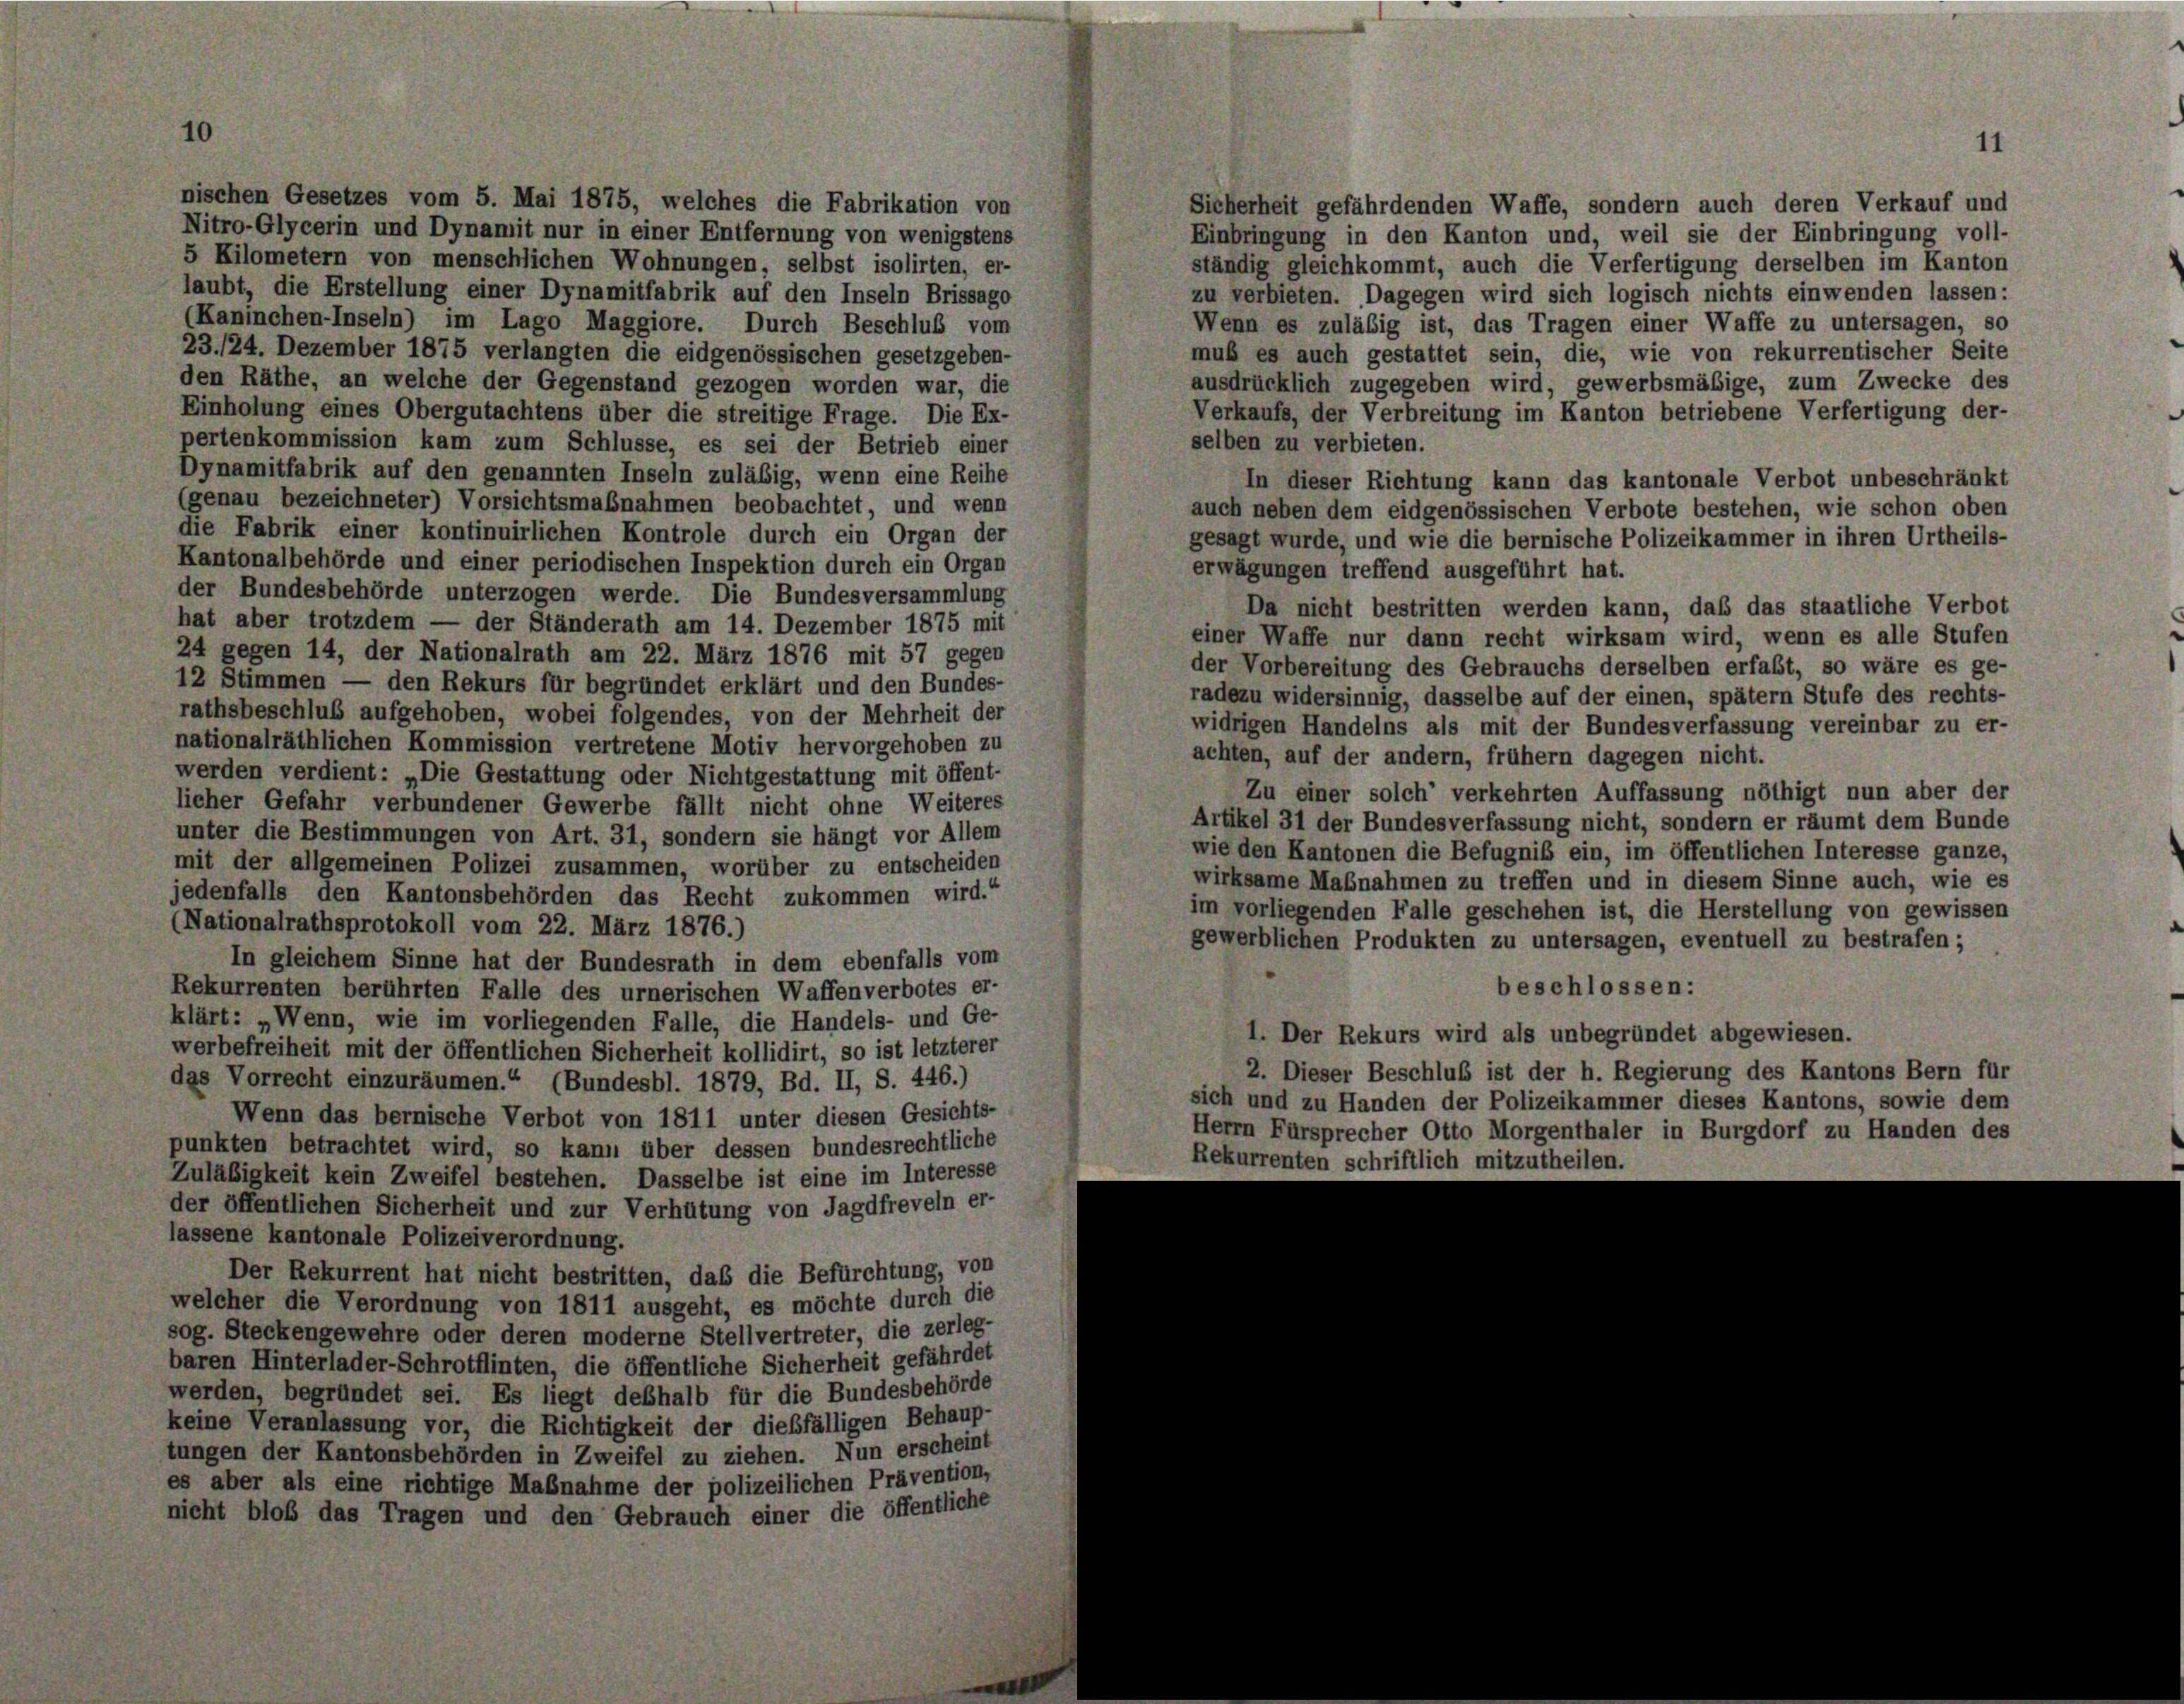
nischen Gesetzes vom 5. Mai 1875, welches die Fabrikation von

10

Sicherheit gefährdenden Waffe, sondern auch deren Verkauf und
Nitro-Glycerin und Dynamit nur in einer Entfernung von wenigstens
Einbringung in den Kanton und, weil sie der Einbringung voll-
5 Kilometern von menschlichen Wohnungen, selbst isolirten, er-
ständig gleichkommt, auch die Verfertigung derselben im Kanton
laubt, die Erstellung einer Dynamitfabrik auf den Inseln Brissago
zu verbieten. Dagegen wird sich logisch nichts einwenden lassen:
(Kaninchen-Inseln) im Lago Maggiore. Durch Beschluß vom
Wenn es zuläbig ist, das Tragen einer Waffe zu untersagen, so
23./24. Dezember 1875 verlangten die eidgenössischen gesetzgeben-
muß es auch gestattet sein, die, wie von rekurrentischer Seite
den Räthe, an welche der Gegenstand gezogen worden war, die
ausdrücklich zugegeben wird, gewerbsmäßige, zum Zwecke des
Einholung eines Obergutachtens über die streitige Frage. Die Ex-
Verkaufs, der Verbreitung im Kanton betriebene Verfertigung der-
selben zu verbieten.
pertenkommission kam zum Schlüsse, es sei der Betrieb einer
Dynamitfabrik auf den genannten Inseln zuläßig, wenn eine Reihe
In dieser Richtung kann das kantonale Verbot unbeschränkt
(genau bezeichneter) Vorsichtsmaßnahmen beobachtet, und wenn
auch neben dem eidgenössischen Verbote bestehen, wie schon oben
die Fabrik einer kontinuirlichen Kontrole durch ein Organ der
gesagt wurde, und wie die bernische Polizeikammer in ihren Urtheils-
Kantonalbehörde und einer periodischen Inspektion durch ein Organ
erwägungen treffend ausgeführt hat.
der Bundesbehörde unterzogen werde. Die Bundesversammlung
Da nicht bestritten werden kann, daß das staatliche Verbot
hat aber trotzdem — der Ständerath am 14. Dezember 1875 mit
einer Waffe nur dann recht wirksam wird, wenn es alle Stufen
24 gegen 14, der Nationalrath am 22. März 1876 mit 57 gegen
der Vorbereitung des Gebrauchs derselben erfaßt, so wäre es ge-
12 Stimmen — den Rekurs für begründet erklärt und den Bundes-
radezu widersinnig, dasselbe auf der einen, spätem Stufe des rechts-
rathsbeschluß aufgehoben, wobei folgendes, von der Mehrheit der
widrigen Handelns als mit der Bundesverfassung vereinbar zu er-
nationalräthlichen Kommission vertretene Motiv hervorgehoben zu
achten, auf der andern, frühem dagegen nicht.
werden verdient: „Die Gestattung oder Nichtgestattung mit öffent-
Zu einer solch’ verkehrten Auffassung nöthigt nun aber der
licher Gefahr verbundener Gewerbe fällt nicht ohne Weiteres
Artikel 31 der Bundesverfassung nicht, sondern er räumt dem Bunde
unter die Bestimmungen von Art. 31, sondern sie hängt vor Allem
wie den Kantonen die Befugniß ein, im öffentlichen Interesse ganze,
mit der allgemeinen Polizei zusammen, worüber zu entscheiden
wirksame Maßnahmen zu treffen und in diesem Sinne auch, wie es
jedenfalls den Kantonsbehörden das Recht zukommen wird.“
im vorliegenden Falle geschehen ist, die Herstellung von gewissen
(Nationalrathsprotokoll vom 22. März 1876.)
gewerblichen Produkten zu untersagen, eventuell zu bestrafen ;
In gleichem Sinne hat der Bundesrath in dem ebenfalls vom
beschlossen:
Rekurrenten berührten Falle des urnerischen Waffenverbotes er-
klärt: „Wenn, wie im vorliegenden Falle, die Handels- und Ge-
1. Der Rekurs wird als unbegründet abgewiesen.
werbefreiheit mit der öffentlichen Sicherheit kollidirt, so ist letzterer
2. Dieser Beschluß ist der h. Regierung des Kantons Bern für
das Vorrecht einzuräumen.“ (Bundesbl. 1879, Bd. II, S. 446.)
sich und zu Handen der Polizeikammer dieses Kantons, sowie dem
Wenn das bernische Verbot von 1811 unter diesen Gesichts-
Herrn Fürsprecher Otto Morgenthaler in Burgdorf zu Handen des
punkten betrachtet wird, so kann über dessen bundesrechtliche
Rekurrenten schriftlich mitzutheilen.
Zuläßigkeit kein Zweifel bestehen. Dasselbe ist eine im Interesse
der öffentlichen Sicherheit und zur Verhütung von Jagdfreveln er-
lassene kantonale Polizeiverordnung.
Der Rekurrent hat nicht bestritten, daß die Befürchtung, von
welcher die Verordnung von 1811 ausgeht, es möchte durch die
sog. Steckengewehre oder deren moderne Stellvertreter, die zerleg-
baren Hinterlader-Schrotflinten, die öffentliche Sicherheit gefährdet
werden, begründet sei. Es liegt deßhalb für die Bundesbehörde
keine Veranlassung vor, die Richtigkeit der dießfälligen Behaup-
tungen der Kantonsbehörden in Zweifel zu ziehen. Nun erscheint
es aber als eine richtige Maßnahme der polizeilichen Prävention,
nicht bloß das Tragen und den Gebrauch einer die öffentliche